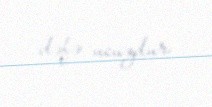
dəfə ucuzdur.